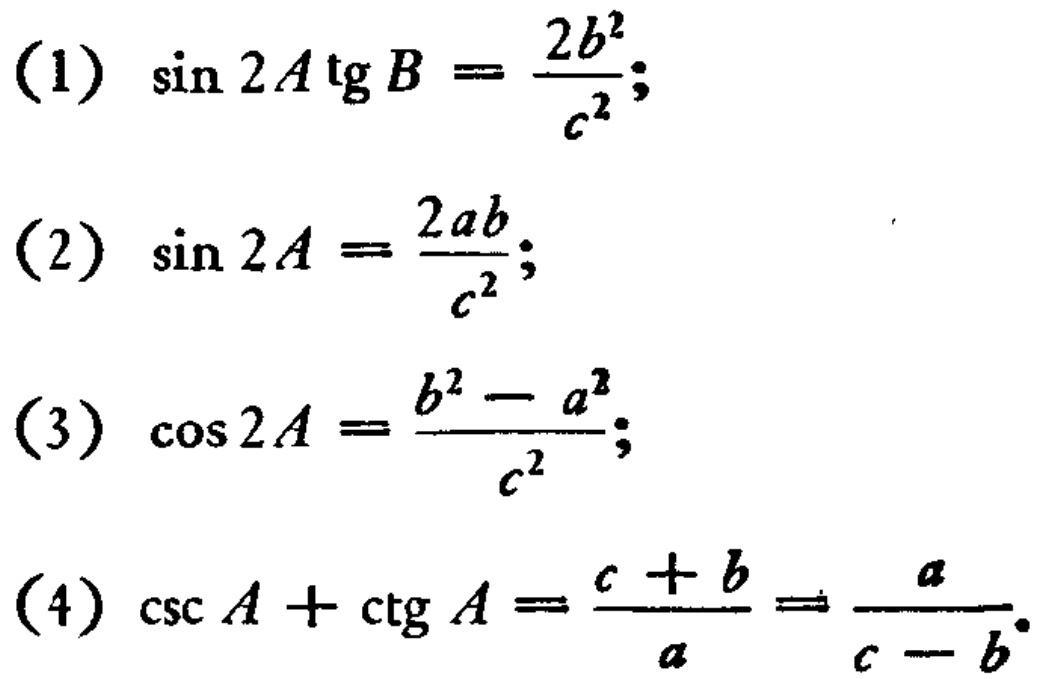
(1) \(\sin 2A\operatorname{tg}B = \frac{2b^{2}}{c^{2}}\);
(2) \(\sin 2A = \frac{2ab}{c^{2}}\);
(3) \(\cos 2A = \frac{b^{2}-a^{2}}{c^{2}}\);
(4) \(\csc A+\operatorname{ctg}A = \frac{c + b}{a}=\frac{a}{c - b}\).